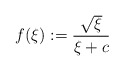
\begin{align*}f(\xi ) := \frac{\sqrt{\xi }}{\xi +c}\end{align*}